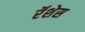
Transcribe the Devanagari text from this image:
रॅशेस